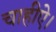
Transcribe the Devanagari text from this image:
चाहीऐ।